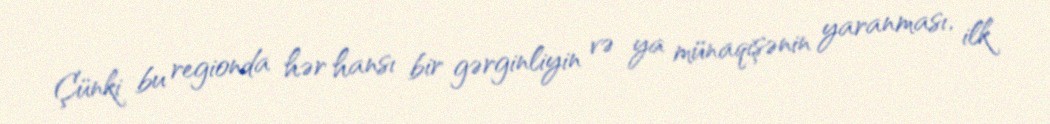
Çünki bu regionda hər hansı bir gərginliyin və ya münaqişənin yaranması, ilk